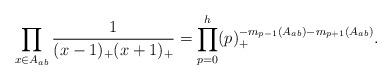
LaTeX: \begin{align*}\prod_{x\in A_{ab}}\frac{1}{(x-1)_+(x+1)_+}=\prod_{p=0}^{h}(p)_+^{-m_{p-1}(A_{ab})-m_{p+1}(A_{ab})}.\end{align*}